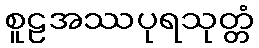
စူဠအဿပုရသုတ္တံ